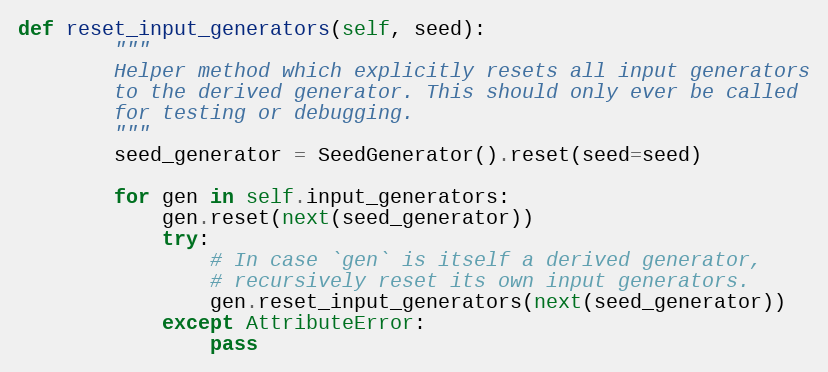
Language: Python
def reset_input_generators(self, seed):
        """
        Helper method which explicitly resets all input generators
        to the derived generator. This should only ever be called
        for testing or debugging.
        """
        seed_generator = SeedGenerator().reset(seed=seed)

        for gen in self.input_generators:
            gen.reset(next(seed_generator))
            try:
                # In case `gen` is itself a derived generator,
                # recursively reset its own input generators.
                gen.reset_input_generators(next(seed_generator))
            except AttributeError:
                pass